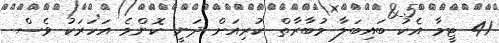
41 ޓީމާ އެކު ބައިބަލާ މުބާރާތް ކުރިއަށް ދަނީ ކޮންމެ އަހަރަކު ވެސް